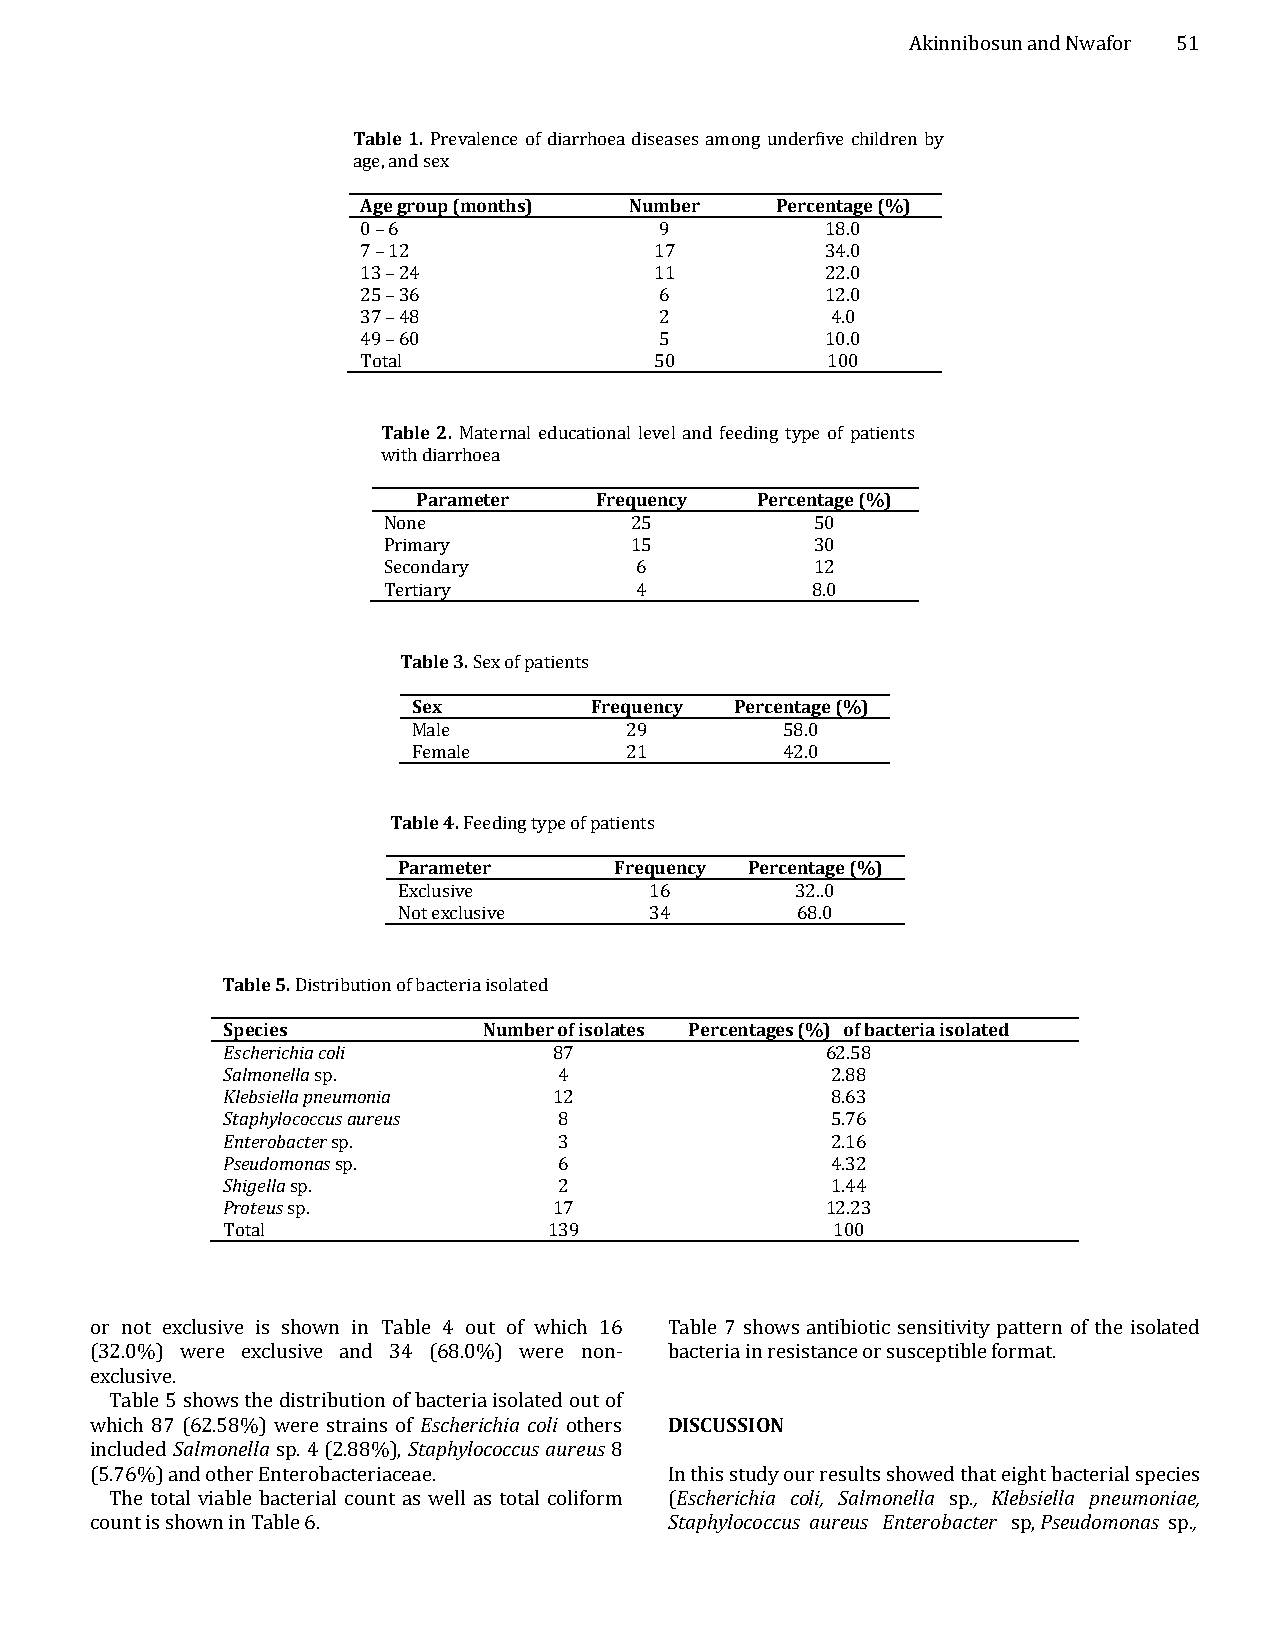
Akinnibosun and Nwafor 51
 Table 1. Prevalence of diarrhoea diseases among underfive children by
 age, and sex
 Age group (months) Number  Percentage (%)
 0 – 6               9          18.0
 7 – 12             17          34.0
 13 – 24            11          22.0
 25 – 36             6          12.0
 37 – 48             2          4.0
 49 – 60             5          10.0
 Total              50          100
 Table 2. Maternal educational level and feeding type of patients
 with diarrhoea
 Parameter  Frequency  Percentage (%)
 None             25          50
 Primary          15          30
 Secondary        6           12
 Tertiary         4           8.0
 Table 3. Sex of patients
 Sex         Frequency Percentage (%)
 Male          29         58.0
 Female        21         42.0
 Table 4. Feeding type of patients
 Parameter      Frequency Percentage (%)
 Exclusive        16        32..0
 Not exclusive    34        68.0
 Table 5. Distribution of bacteria isolated
 Species          Number of isolates Percentages (%) of bacteria isolated
 Escherichia coli      87                62.58
 Salmonella sp.        4                 2.88
 Klebsiella pneumonia  12                8.63
 Staphylococcus aureus 8                 5.76
 Enterobacter sp.      3                 2.16
 Pseudomonas sp.       6                 4.32
 Shigella sp.          2                 1.44
 Proteus sp.           17                12.23
 Total                139                100
 or not exclusive is shown in Table 4 out of which 16 Table 7 shows antibiotic sensitivity pattern of the isolated
 (32.0%) were exclusive and 34 (68.0%) were non- bacteria in resistance or susceptible format.
 exclusive.
 Table 5 shows the distribution of bacteria isolated out of
 which 87 (62.58%) were strains of Escherichia coli others DISCUSSION
 included Salmonella sp. 4 (2.88%), Staphylococcus aureus 8
 (5.76%) and other Enterobacteriaceae. In this study our results showed that eight bacterial species
 The total viable bacterial count as well as total coliform (Escherichia coli, Salmonella sp., Klebsiella pneumoniae,
 count is shown in Table 6.            Staphylococcus aureus Enterobacter sp, Pseudomonas sp.,